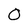
Character: O